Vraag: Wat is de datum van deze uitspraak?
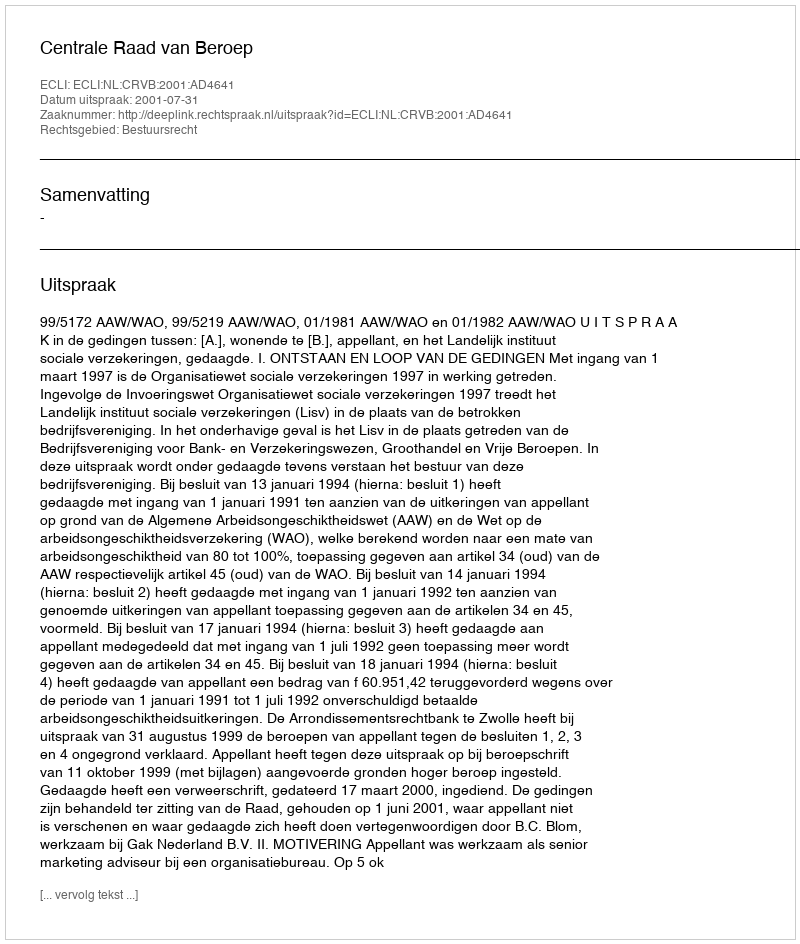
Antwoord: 2001-07-31